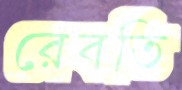
রেবতি